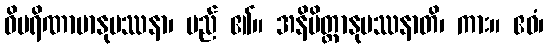
ဝိပရိဏာမာနုပဿနာ၊ မည် ၏။ အနိမိတ္တာနုပဿနာတိ၊ ကား။ ဧဝံ၊